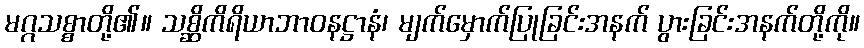
မဂ္ဂသစ္စာတို့၏။ သစ္ဆိကိရိယာဘာဝနဋ္ဌာနံ၊ မျက်မှောက်ပြုခြင်းအနက် ပွားခြင်းအနက်တို့ကို။